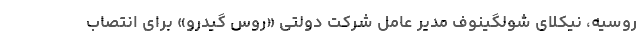
روسیه، نیکلای شولگینوف مدیر عامل شرکت دولتی «روس گیدرو» برای انتصاب